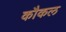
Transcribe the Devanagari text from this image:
कौकल